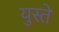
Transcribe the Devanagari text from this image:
युस्ते